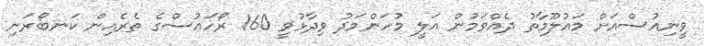
ވީނިއުސްއަށް މައުލޫމާތު ދެއްވަމުން އަލީ މުހަންމަދު ވިދާޅުވީ 160 ރޯހައުސްގެ ތެރެއިން ކަނބޯރަނި